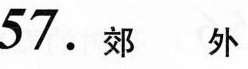
57.郊外